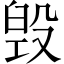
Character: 毁